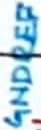
Text: GNDREF